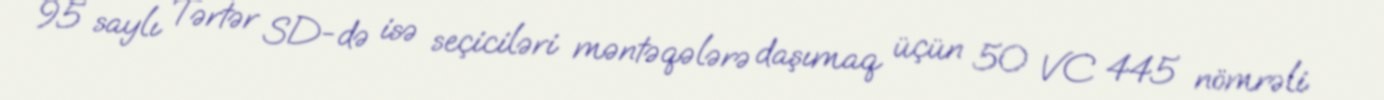
95 saylı Tərtər SD-də isə seçiciləri məntəqələrə daşımaq üçün 50 VC 445 nömrəli